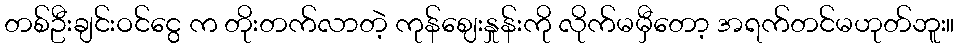
တစ်ဦးချင်းဝင်ငွေ က တိုးတက်လာတဲ့ ကုန်ဈေးနှုန်းကို လိုက်မမှီတော့ အရက်တင်မဟုတ်ဘူး။